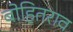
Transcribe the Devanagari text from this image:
बोहितराव